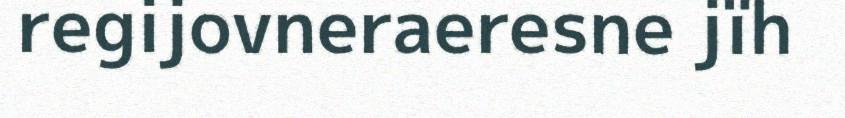
regijovneraeresne jïh